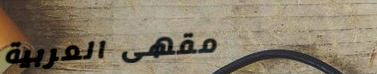
مقهى العربية